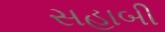
સહાબી